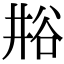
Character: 𫎁